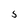
Character: 5